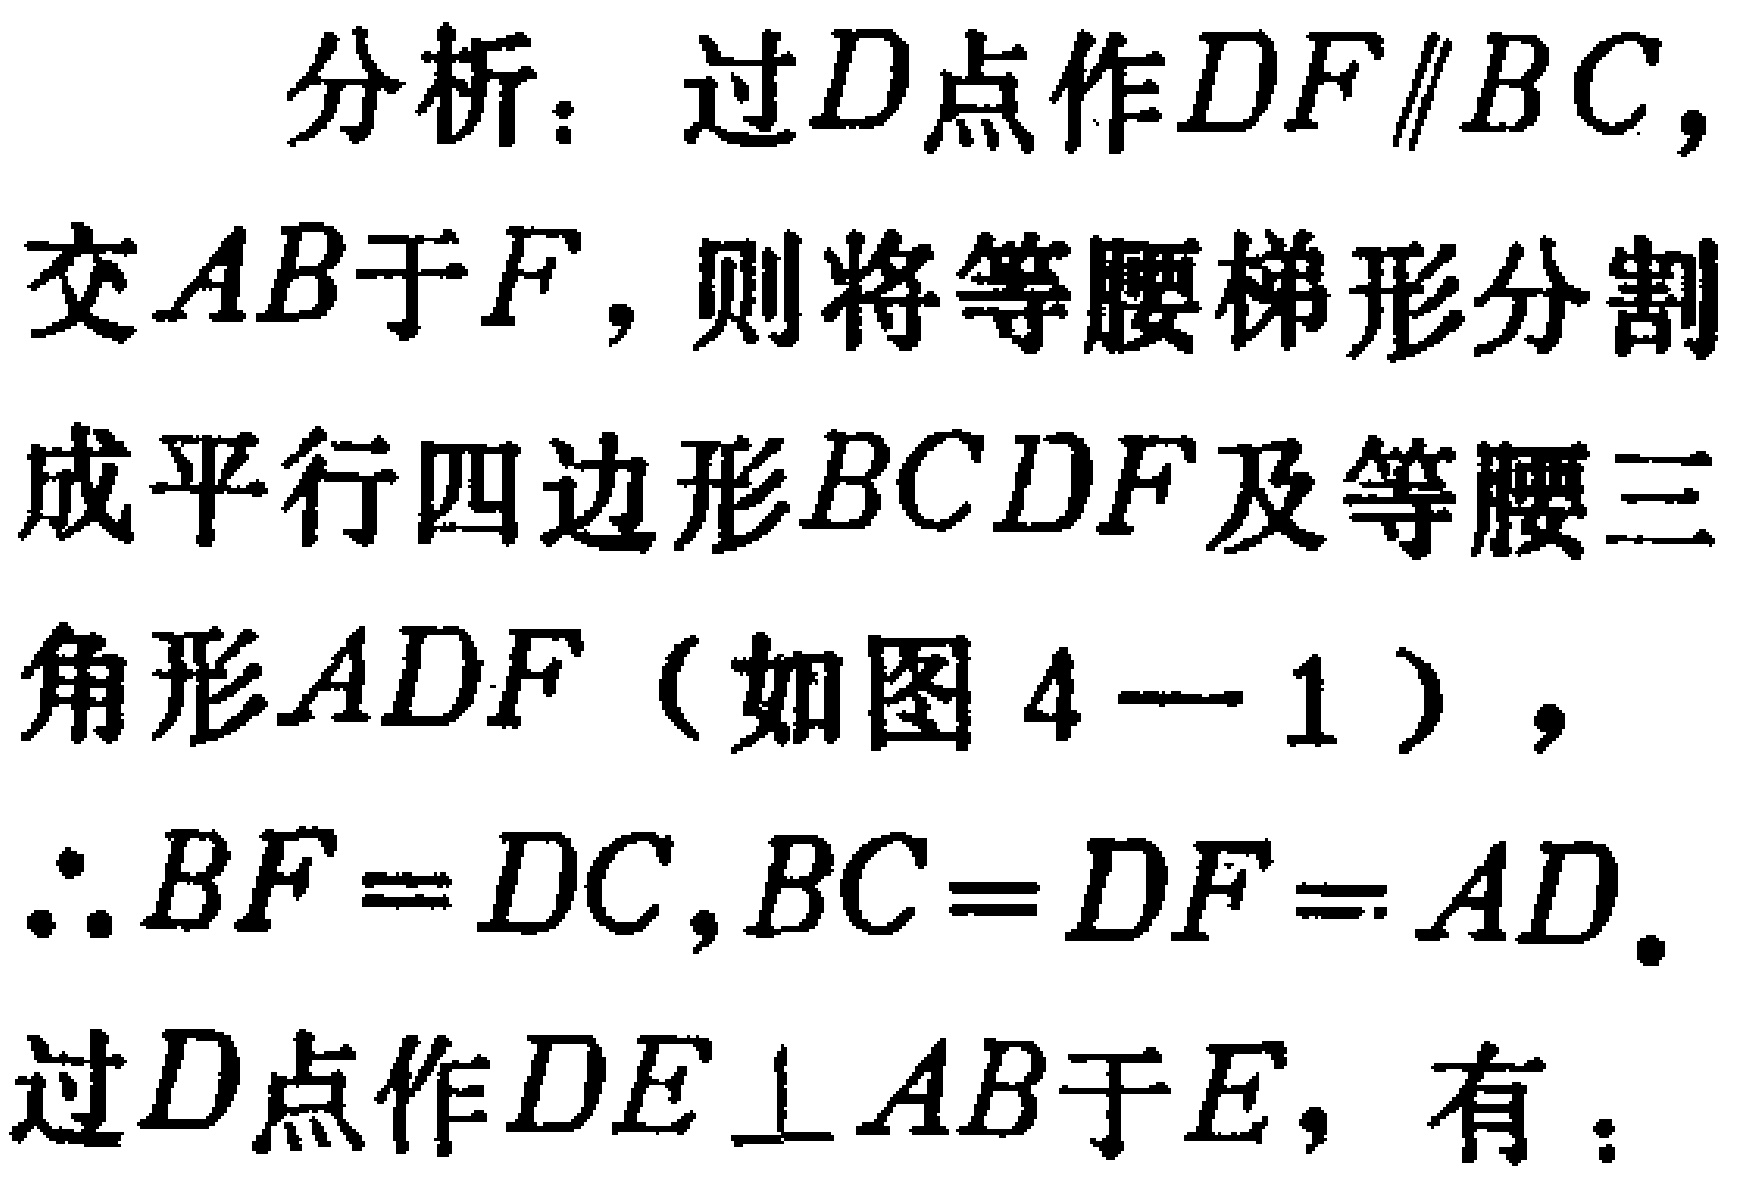
分析：过\(D\)点作\(DF\parallel BC\)，交\(AB\)于\(F\)，则将等腰梯形分割成平行四边形\(BCDF\)及等腰三角形\(ADF\)（如图 \(4 - 1\)），\(\therefore BF = DC,BC = DF = AD\)。过\(D\)点作\(DE\perp AB\)于\(E\)，有：